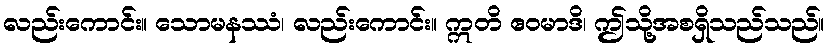
လည်းကောင်း။ သောမနဿံ၊ လည်းကောင်း။ ဣတိ ဧဝမာဒိ၊ ဤသို့အစရှိသည်သည်။